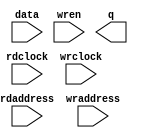
module ddc_11b (
	data,
	rdaddress,
	rdclock,
	wraddress,
	wrclock,
	wren,
	q);

	input	[10:0]  data;
	input	[3:0]  rdaddress;
	input	  rdclock;
	input	[3:0]  wraddress;
	input	  wrclock;
	input	  wren;
	output	[10:0]  q;
`ifndef ALTERA_RESERVED_QIS
// synopsys translate_off
`endif
	tri1	  wrclock;
	tri0	  wren;
`ifndef ALTERA_RESERVED_QIS
// synopsys translate_on
`endif

endmodule